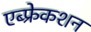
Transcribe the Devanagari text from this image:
एब्फ्रेकशन